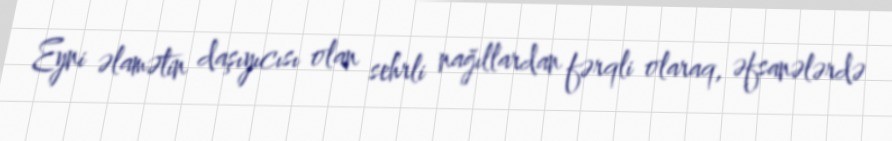
Eyni əlamətin daşıyıcısı olan sehrli nağıllardan fərqli olaraq, əfsanələrdə